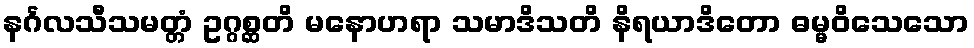
နင်္ဂလသီသမတ္တံ ဥဂ္ဂစ္ဆတိ မနောဟရာ သမာဒိသတိ နိရယာဒိတော ဓမ္မဝိသေသော